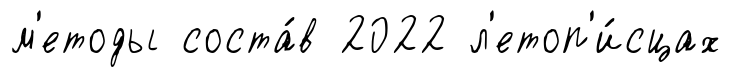
м'етоды соста́в 2022 л'етоп'и́сцах